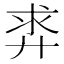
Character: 𪪵